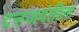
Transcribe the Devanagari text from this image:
दत्तजयंतीला